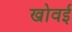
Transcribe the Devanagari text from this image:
खोवई